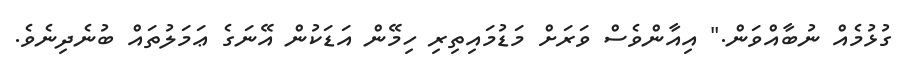
ގުޅުމެއް ނުބާއްވަން." އިއާންވެސް ވަރަށް މަޑުމައިތިރި ހިމޭން އަޑަކުން އޭނަގެ ޢަމަލުތައް ބުނެދިނެވެ.